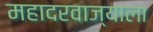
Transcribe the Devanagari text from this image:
महादरवाज्याला